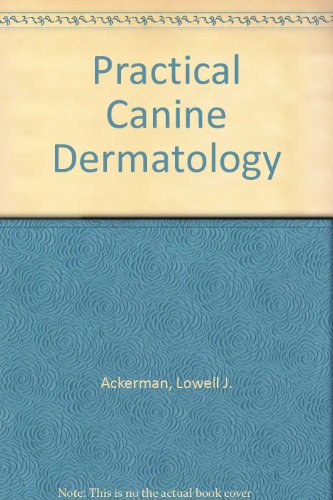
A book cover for Practical Canine Dermatology; Lowell J. Ackerman; Medical Books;